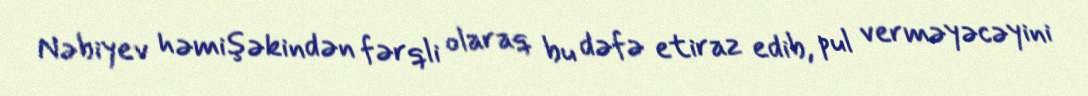
Nəbiyev həmişəkindən fərqli olaraq bu dəfə etiraz edib, pul verməyəcəyini